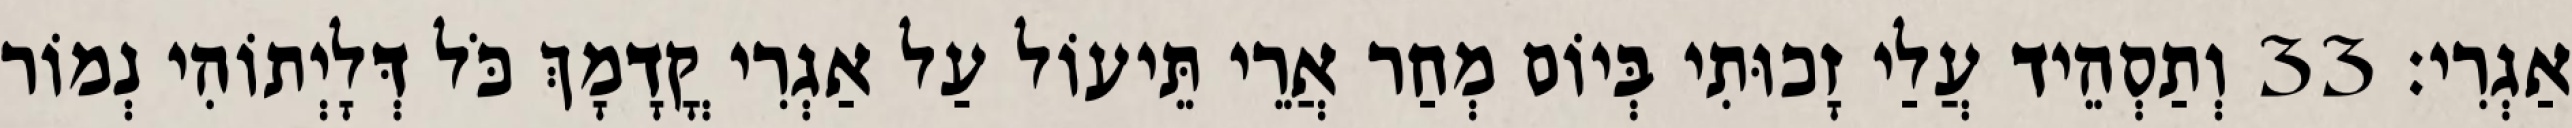
אַגְרִי׃ 33 וְתַסְהֵיד עֲלַי זָכוּתִי בְּיוֹם מְחַר אֲרֵי תֵּיעוֹל עַל אַגְרִי קֳדָמָךְ כֹּל דְּלָיְתוֹהִי נְמוֹר